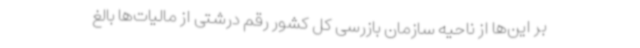
بر این‌ها از ناحیه سازمان بازرسی کل کشور رقم درشتی از مالیات‌ها بالغ